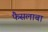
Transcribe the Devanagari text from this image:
फैसलाबा